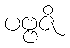
ပဗ္ဗဇိ